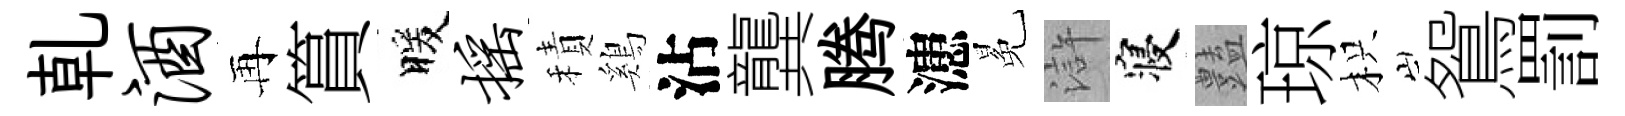
乹酒再篔暖摇積鷄沾龔腾漶冕滸寝𧰟琼枳鴛罰